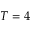
T = 4